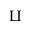
\amalg